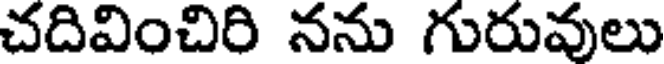
చదివించిరి నను గురువులు